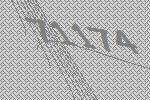
71174